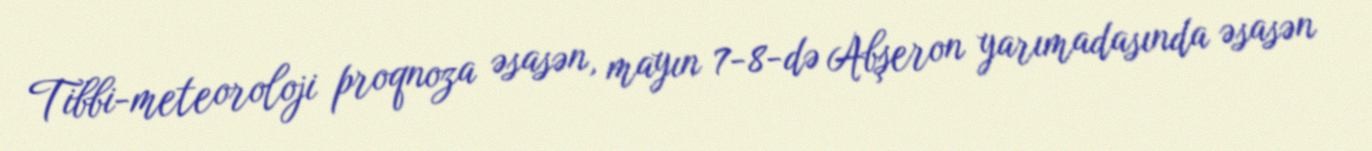
Tibbi-meteoroloji proqnoza əsasən, mayın 7-8-də Abşeron yarımadasında əsasən